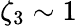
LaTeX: \zeta_{3}\sim 1